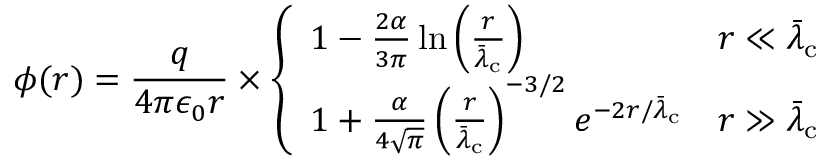
\phi ( r ) = { \frac { q } { 4 \pi \epsilon _ { 0 } r } } \times { \left\{ \begin{array} { l l } { 1 - { \frac { 2 \alpha } { 3 \pi } } \ln \left( { \frac { r } { { \bar { \lambda } } _ { \mathrm { c } } } } \right) } & { r \ll { \bar { \lambda } } _ { \mathrm { c } } } \\ { 1 + { \frac { \alpha } { 4 { \sqrt { \pi } } } } \left( { \frac { r } { { \bar { \lambda } } _ { \mathrm { c } } } } \right) ^ { - 3 / 2 } e ^ { - 2 r / { \bar { \lambda } } _ { \mathrm { c } } } } & { r \gg { \bar { \lambda } } _ { \mathrm { c } } } \end{array} \right. }